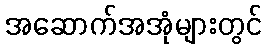
အဆောက်အအုံများတွင်